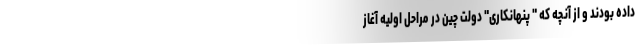
داده بودند و از آنچه که " پنهانکاری" دولت چین در مراحل اولیه آغاز